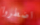
اضطروا